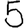
Digit: 5